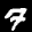
Label: 7